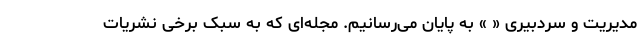
مدیریت و سردبیری « » به پایان می‌رسانیم. مجله‌ای که به سبک برخی نشریات